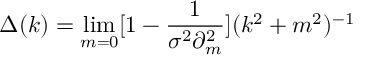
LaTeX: \Delta ( k ) = \operatorname * { l i m } _ { m = 0 } [ 1 - \frac { 1 } { \sigma ^ { 2 } \partial _ { m } ^ { 2 } } ] ( k ^ { 2 } + m ^ { 2 } ) ^ { - 1 }